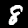
Label: 8